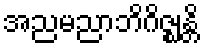
အညမညာဘိဂိဇ္ဈန္တိ